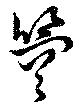
箜